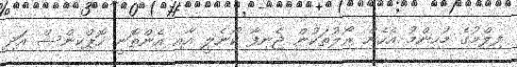
ފިލްމުގެ މުހިންމު އެހެން ރޯލުތަކުން ޖެނިފާ ކޯނެލީ އާއި އެންތޮނީ ހޮޕްކިންސް އަދި